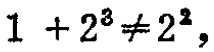
$1 + 2^{3} \neq 2^{2},$